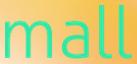
mall